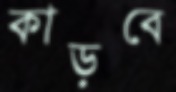
কাড়বে